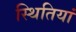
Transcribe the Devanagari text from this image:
स्‍थितियां